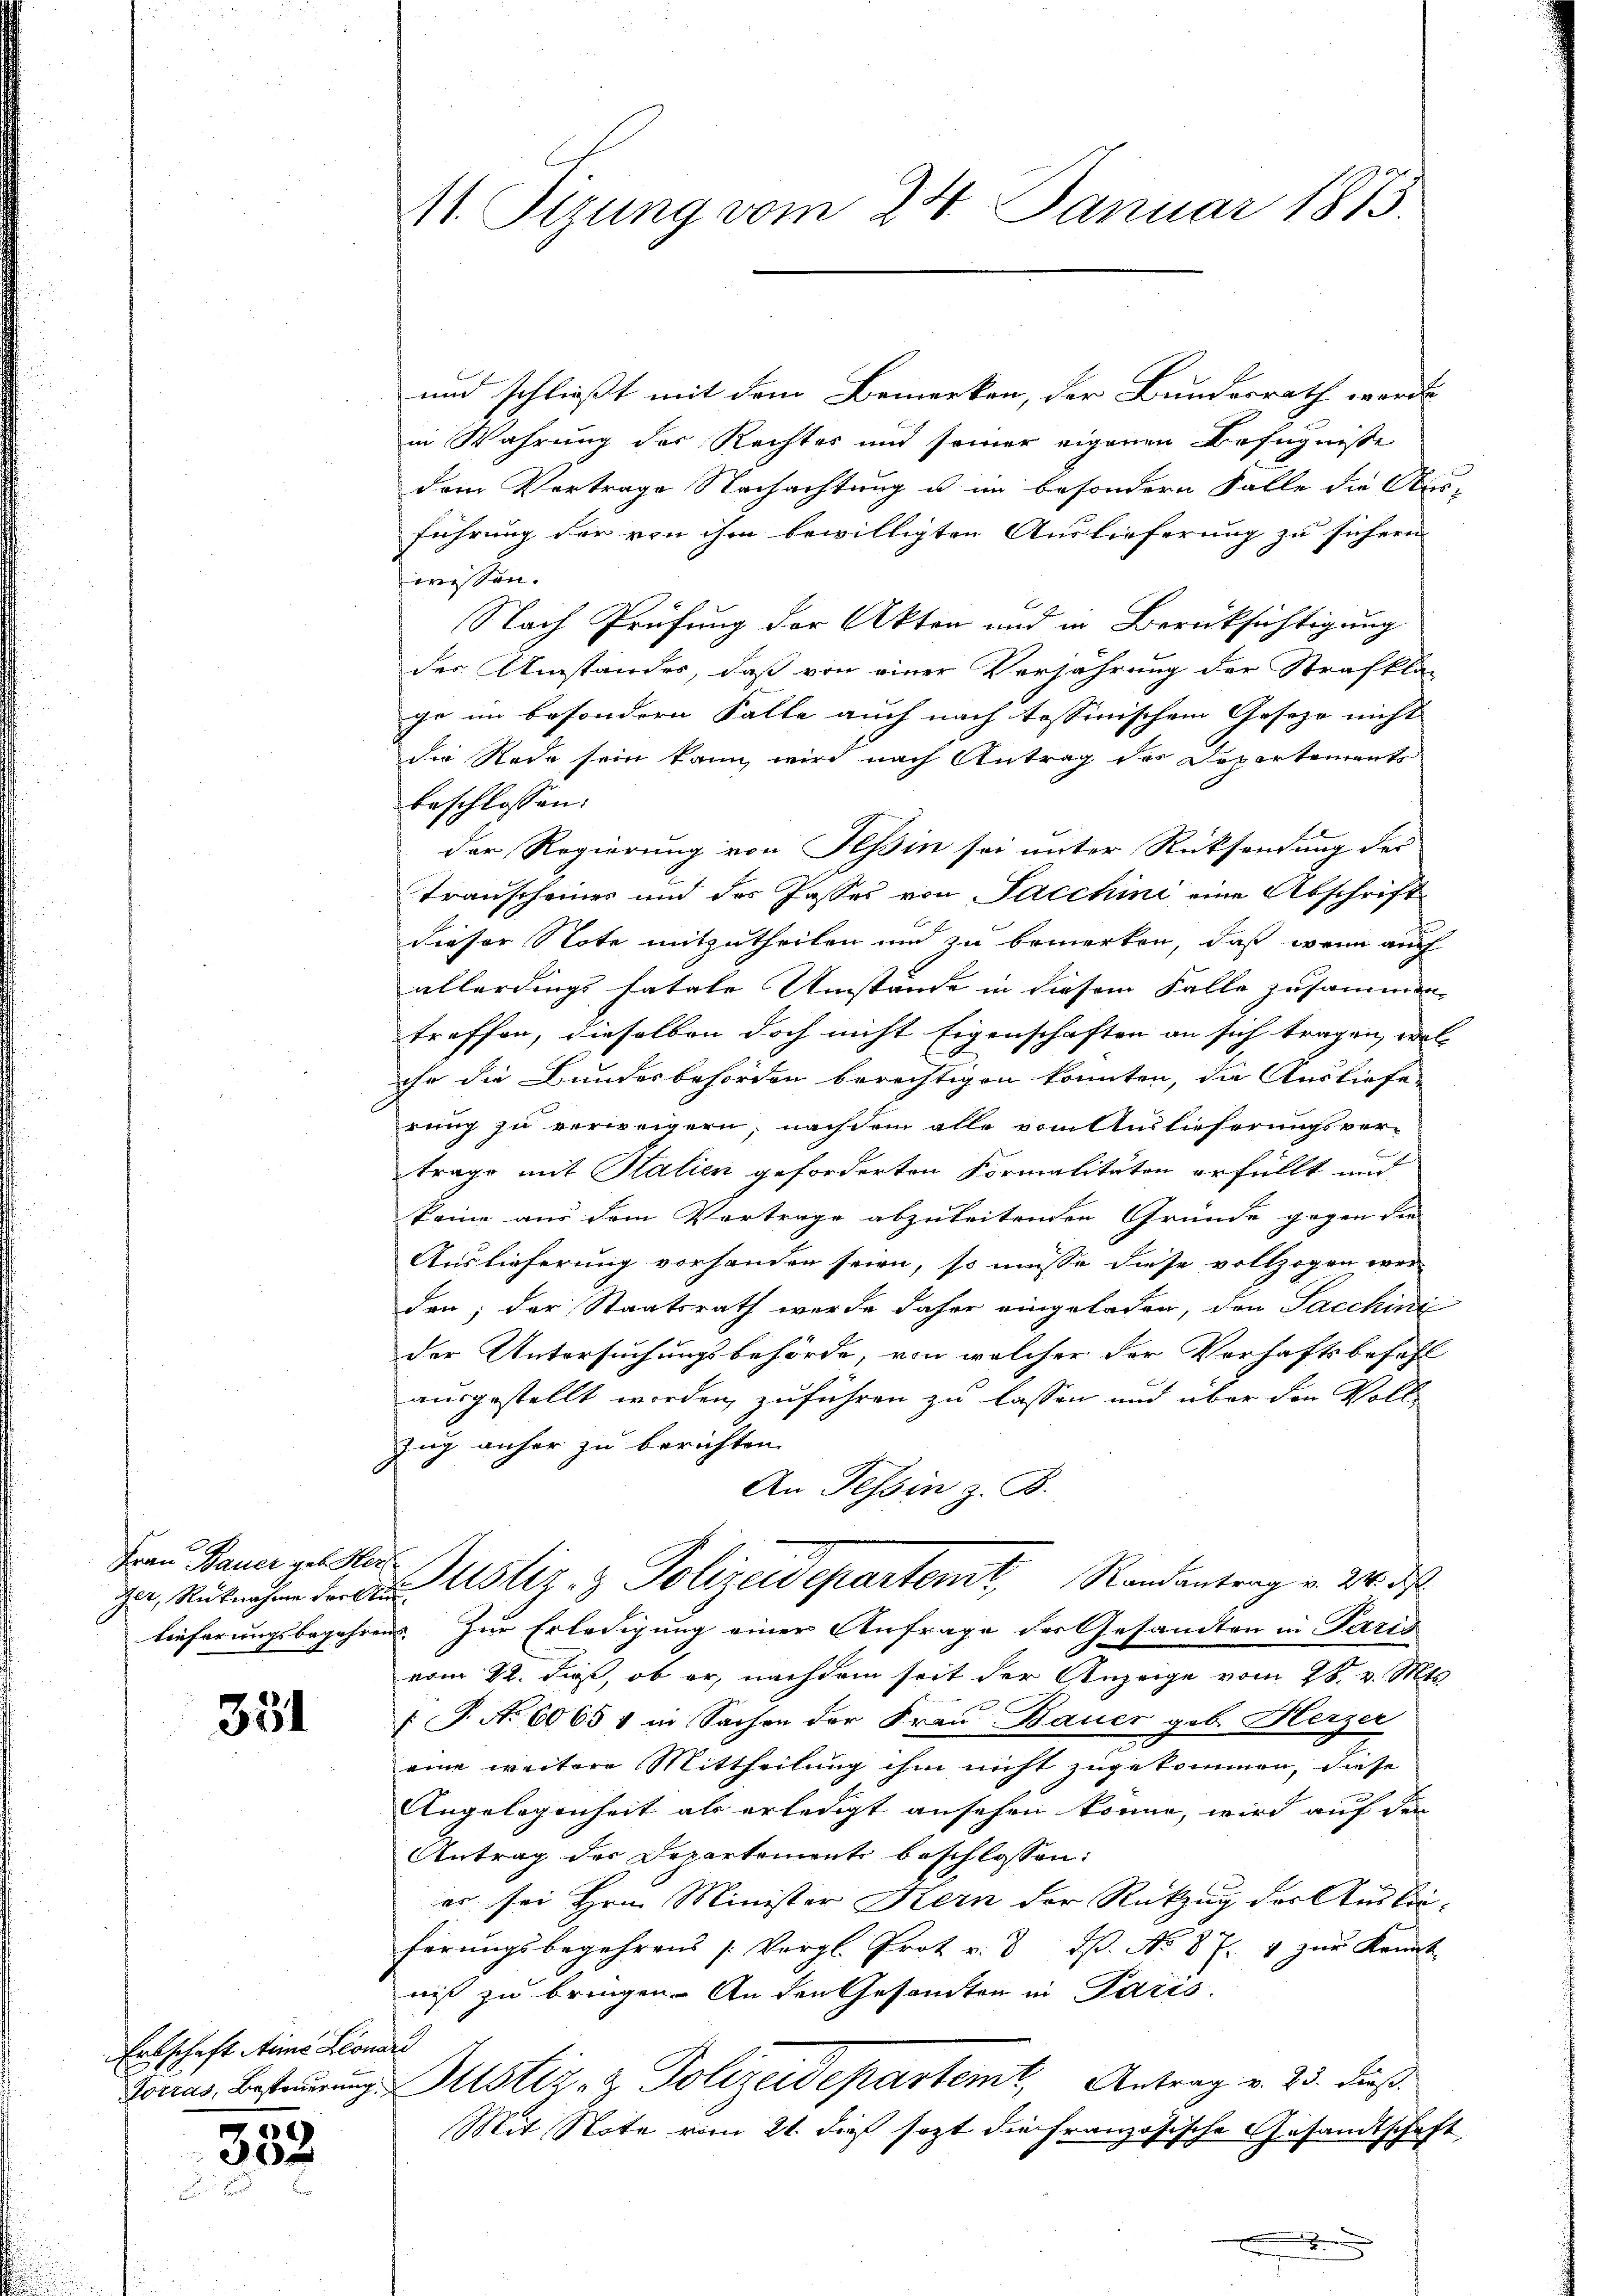
Ger, Rücknahme der Au

351

Erbschaft Stime Leonari

e)
e

M. Sizung vom 24. Januar 1873.

und schließt mit dem Bemerken, der Bundesrath werde
in Wahrung der Rechtes und seiner eigenen Befugnisse
dem Vertrage Nachachtung u. in besondern Falle die Aus-
führung der von ihm bewilligten Auslieferung zu sichern
wissen.
Nach Prüfung der Akten und in Berücksichtigung
der Umstandes, daß von einer Verjährung der Strafkla-
ge im besondern Falle auch nach Tessinischem Geseze nicht
die Rede sein kann, wird nach Antrag des Departements
beschlossen:
der Regierung von Hessin sei unter Rücksendung des
Transcheines und des Jasses von Jacchini eine Abschriftdieser Note mitzutheilen und zu bemerken, daß wenn auch
allerdings fatale Umstände in diesem Falle zusammen
treffen, dieselben doch nicht Eigenschaften an sich tragen, wel-
ihr die Bundesbehörden berechtigen konnten, die Ausliefe-
rung zu verweigern; nachdem alle vom Auslieferungsver-
trage mit Halien geforderten Formalitäten erfüllt und
keine aus dem Vortrage abzuleitenden Gründe gegen die
Auslieferung vorhanden seien, so müsse diese vollzogen werden; der Staatsrath werde daher eingeladen, den Sacchini
der Untersuchungsbehörde, von welcher der Verhaftsbefehl
ausgestellt worden, zuführen zu lassen und über den Voll¬
Zug anher zu berichten.
An Tessin z. B.
Frau Bauer zu der Justiz- & Polizeidepartemt, Randantrag v. 24. d.
Lieferungsbegehrens zur Erledigung einer Anfrage des Gesandten in Paris
vom 22. dieß, ob er, nachdem seit der Anzeige vom 28. v. Mts.
2
(P. Nr. 6065 1 in Sachen der Frau Bauer geb. Herzer
e
eine weitere Mittheilung ihm nicht zugekommen, diese
Angelegenheit als erledigt ansehen könne, wird auf den
Antrag der Departement beschlossen:
es sei Hrn. Minister Kern der Rückzug der Ausbru-
hörungsbegehrens (Vergl. Prot v. 8. ds. No. 87. 4 zur Kennt
niß zu bringen. An den Gesandten in Paris.
Fouras, Besteuerung Mstiz- & Polizeidepartemt, Antrag v. 23. dieß.
Mit Note vom 21. dieß sezt die französische Gesandtschaft